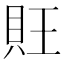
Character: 𧴽